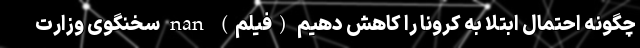
چگونه احتمال ابتلا به کرونا را کاهش دهیم (فیلم) nan سخنگوی وزارت